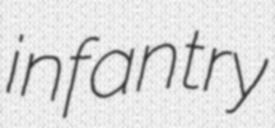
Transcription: infantry